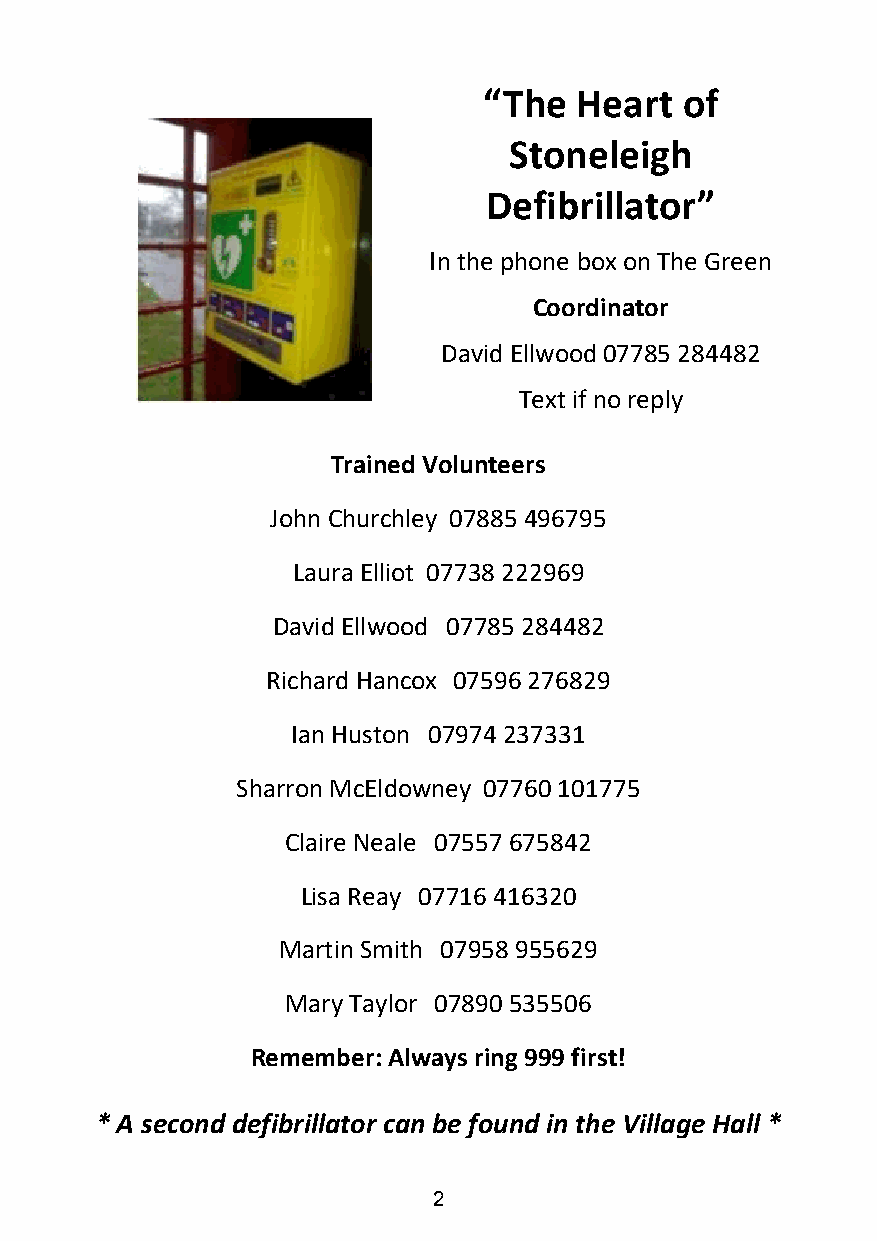
“The  Heart  of
 Stoneleigh
 Defibrillator”
 In the phone box on The Green
 Coordinator
 David Ellwood 07785 284482
 Text if no reply
 Trained Volunteers
 John Churchley 07885 496795
 Laura Elliot 07738 222969
 David Ellwood 07785 284482
 Richard Hancox 07596 276829
 Ian Huston 07974 237331
 Sharron McEldowney 07760 101775
 Claire Neale 07557 675842
 Lisa Reay 07716 416320
 Martin Smith 07958 955629
 Mary Taylor 07890 535506
 Remember: Always ring 999 first!
 * A second defibrillator can be found in the Village Hall *
 2